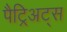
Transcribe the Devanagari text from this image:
पैट्रिअट्स